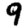
Digit: 9